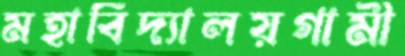
মহাবিদ্যালয়গামী